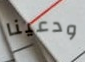
ودعينا